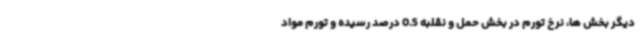
دیگر بخش ها، نرخ تورم در بخش حمل و نقلبه 0.5 درصد رسیده و تورم مواد